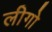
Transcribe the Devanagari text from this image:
लीगो